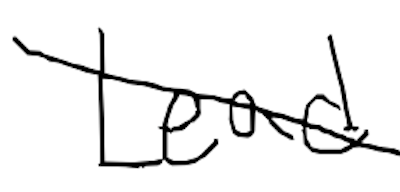
Text: Lead
Cross-out: diagonal
Writing tool: digital_black